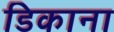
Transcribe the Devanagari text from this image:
डिकाना